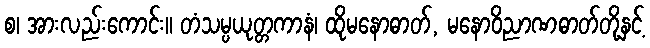
စ၊ အားလည်းကောင်း။ တံသမ္ပယုတ္တကာနံ၊ ထိုမနောဓာတ်, မနောဝိညာဏဓာတ်တို့နှင့်